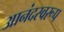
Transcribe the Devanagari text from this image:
आनंदस्वरूप